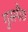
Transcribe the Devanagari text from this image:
गुसपैठ